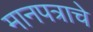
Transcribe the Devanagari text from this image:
मानपत्राचे